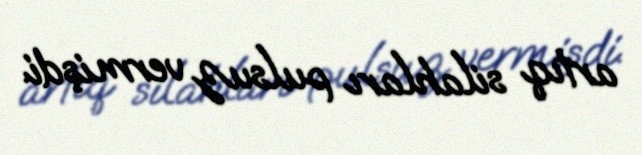
artıq silahları pulsuz vermişdi.